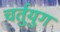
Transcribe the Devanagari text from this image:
चर्तुयुग